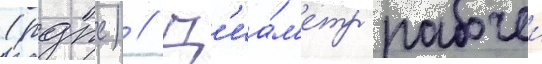
(рдпс) // Д'иа́м'етр рабочеи